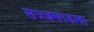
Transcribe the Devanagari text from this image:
सज्जनगडाचा